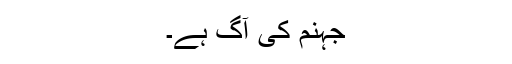
جہنم کی آگ ہے۔